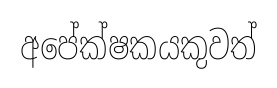
අපේක්ෂකයකුවත්